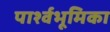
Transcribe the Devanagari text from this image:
पार्श्वभूमिका